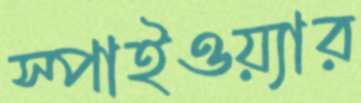
স্পাইওয়্যার